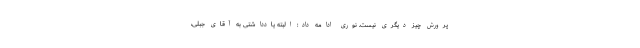
پرورش چیز دیگری نیست. نوری ادامه داد: البته یادداشتی به آقای جبلی،